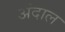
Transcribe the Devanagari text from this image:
अंदाल